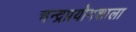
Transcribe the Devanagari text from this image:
चन्द्रप्रयोगशाला